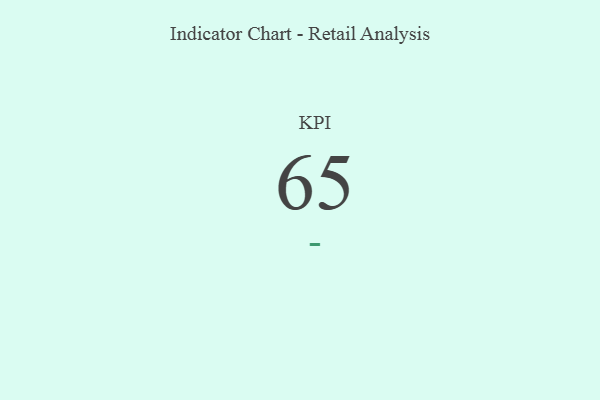
{"axis": {"x": "KPI", "y": "Value"}, "legend": [""], "data": [{"x": "KPI", "y": 65, "type": ""}]}